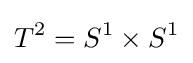
T^{2}=S^{1}\times S^{1}